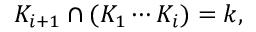
K _ { i + 1 } \cap ( K _ { 1 } \cdots K _ { i } ) = k ,